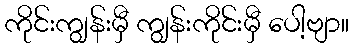
ကိုင်းကျွန်းမှီ ကျွန်းကိုင်းမှီ ပေါ့ဗျာ။